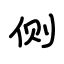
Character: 侧